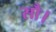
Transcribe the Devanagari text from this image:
सौ।